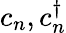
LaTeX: c_{n},c_{n}^{\dagger}